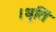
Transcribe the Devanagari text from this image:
।धृतिं